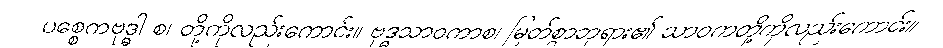
ပစ္စေကဗုဒ္ဓါ စ၊ တို့ကိုလည်းကောင်း။ ဗုဒ္ဓသာဝကာစ၊ မြတ်စွာဘုရား၏ သာဝကတို့ကိုလည်းကောင်း။